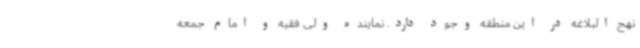
نهج البلاغه در این منطقه وجود دارد. نماینده ولی فقیه و امام جمعه